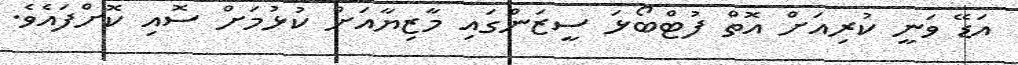
އަޑޭ ވަނީ ކުރިއަށް އޮތް ފުޓްބޯޅަ ސީޒަންގައި މާޒިޔާއަށް ކުޅުމަށް ސޮއި ކޮށްފައެވެ.